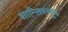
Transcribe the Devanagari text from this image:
शान्तिस्‍तूप